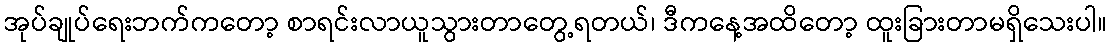
အုပ်ချုပ်ရေးဘက်ကတော့ စာရင်းလာယူသွားတာတွေ့ရတယ်၊ ဒီကနေ့အထိတော့ ထူးခြားတာမရှိသေးပါ။